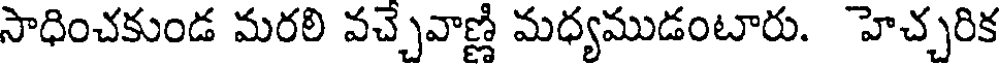
సాధించకుండ మరలి వచ్చేవాణ్ణి మధ్యముడంటారు. హెచ్చరిక